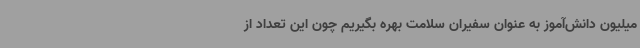
میلیون دانش‌آموز به عنوان سفیران سلامت بهره بگیریم چون این تعداد از